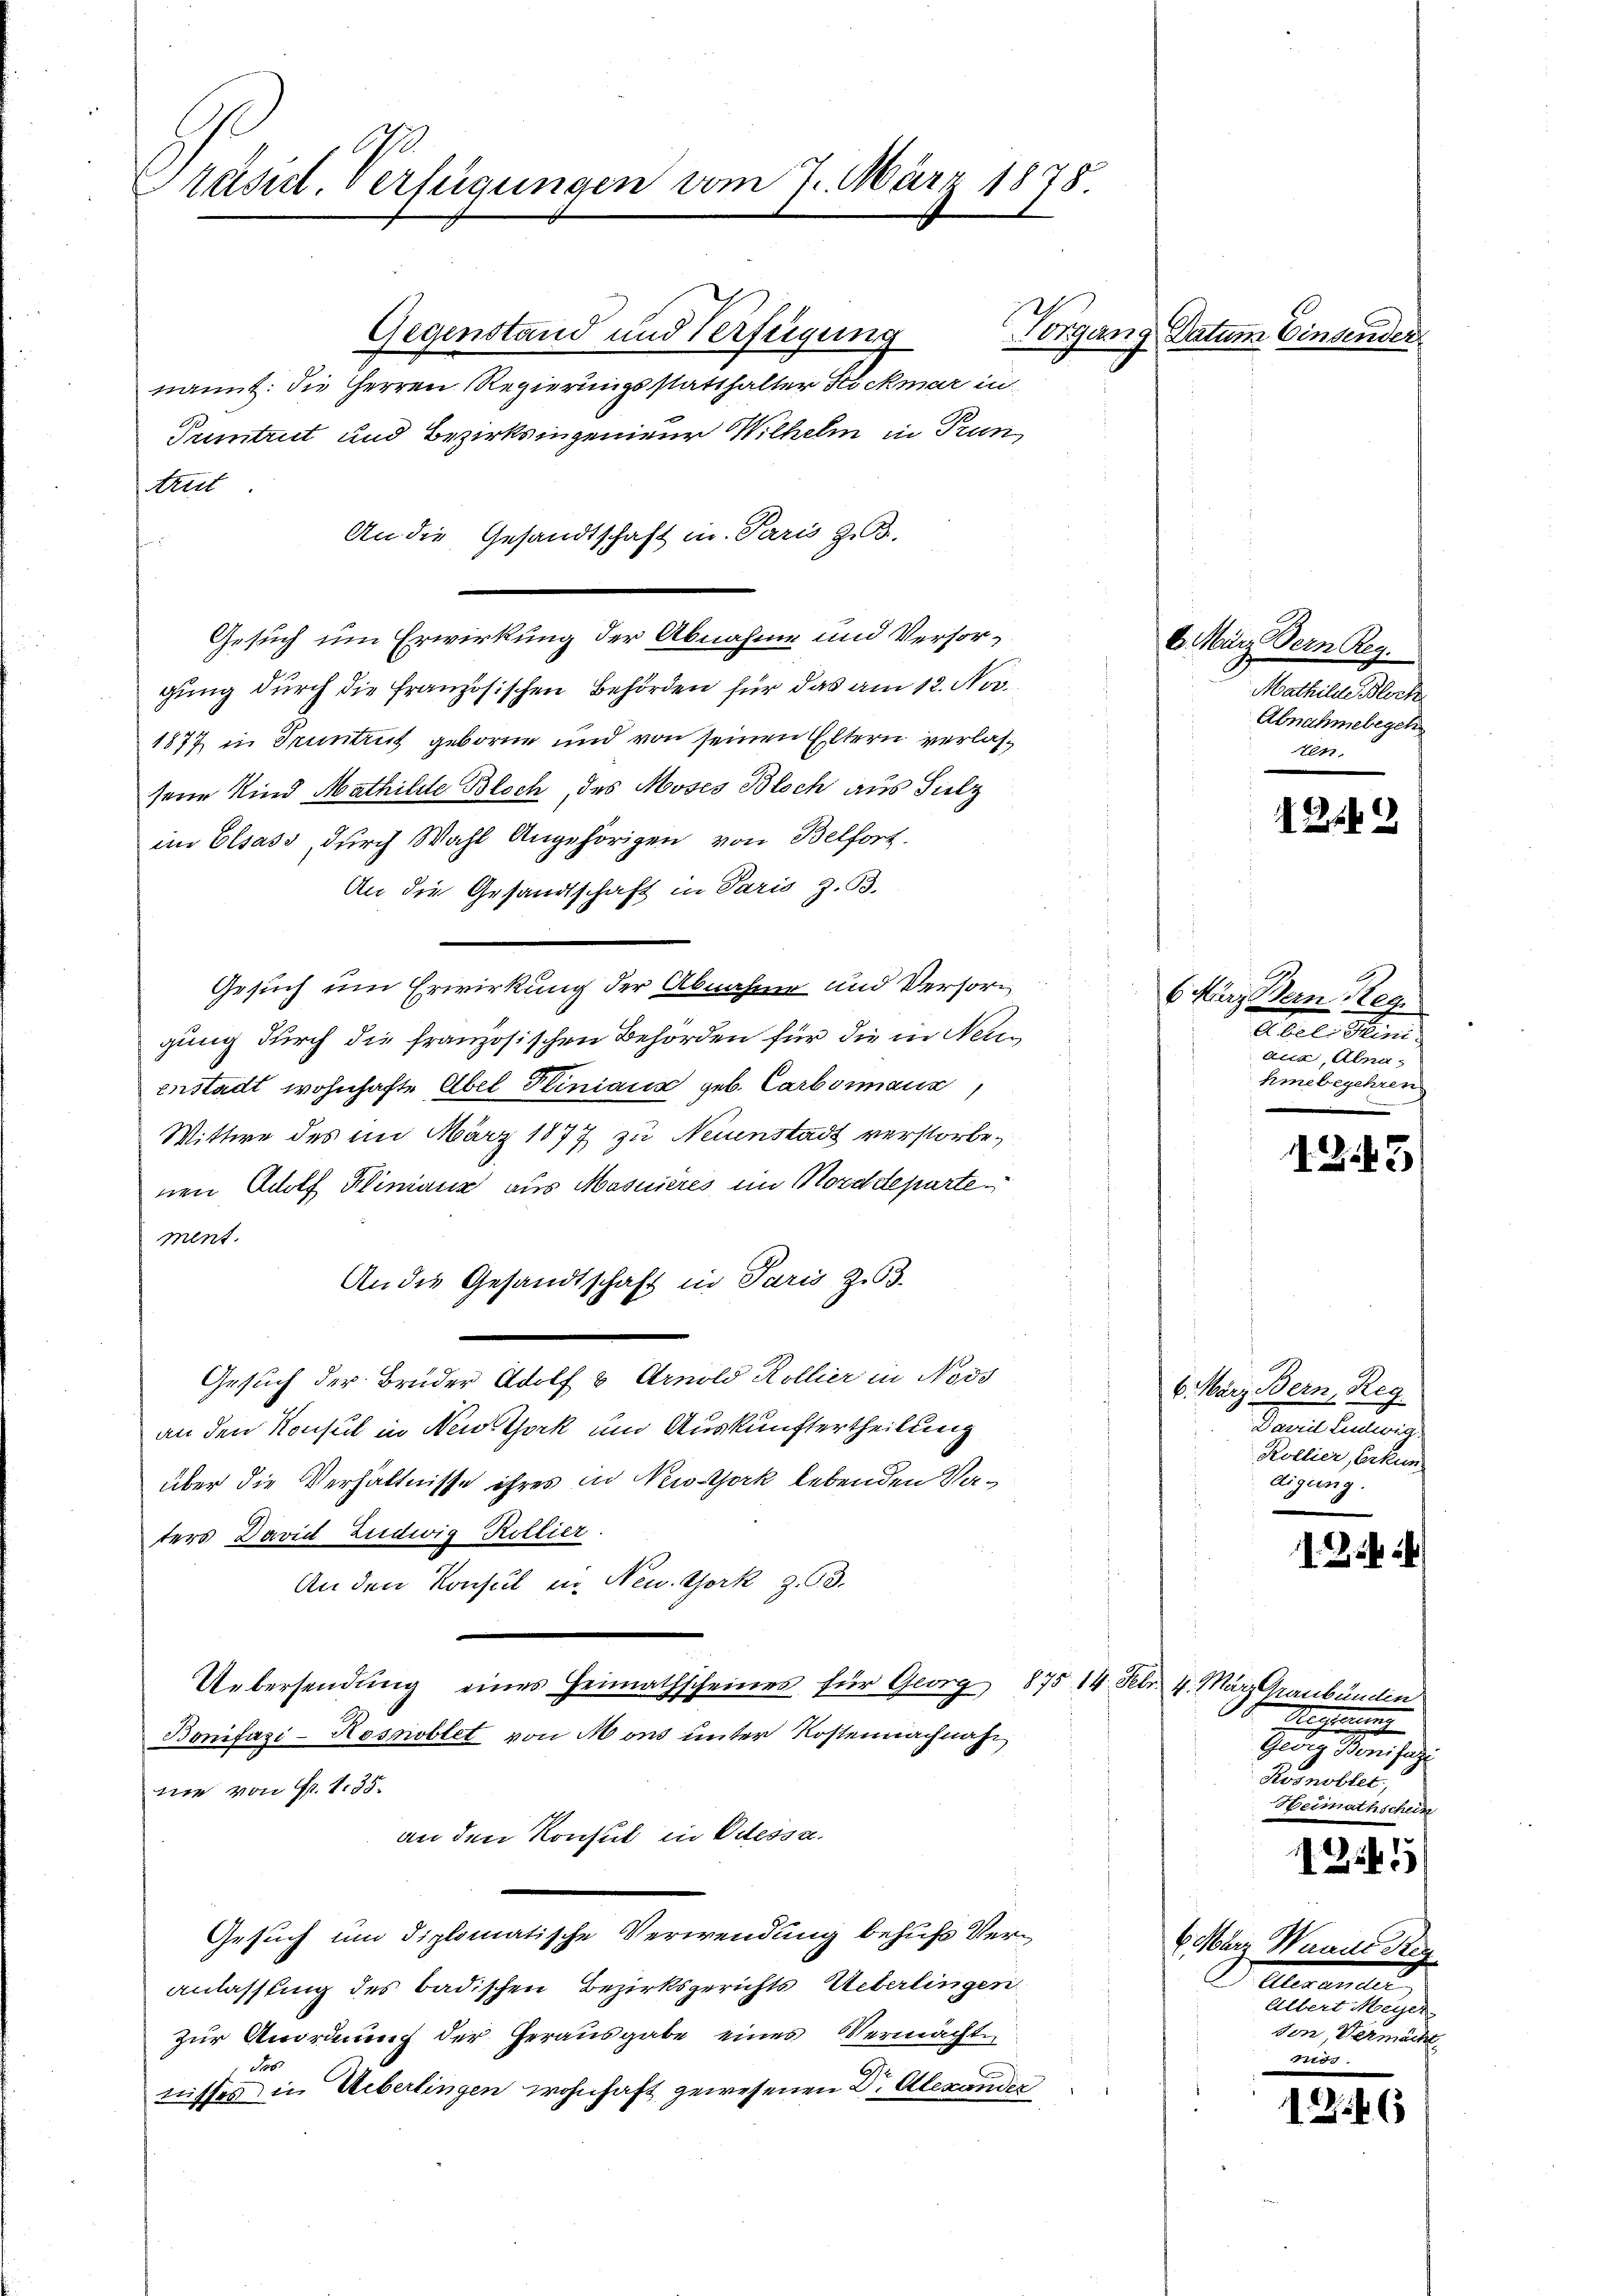
u
Präsidl, verfügungen vom 7. März 1878

Gegenstand und Verfügung
nannt: die Herren Regierungsstatthalter Kockmar in
Puntrut und Bezirksingenieur Wilhelm in Prun
trut
An die Gesandtschaft in Paris z.B.
Gesuch um Erwirkung der Abnahme und Verforgung durch die französischen Behörden für das am 12. Nov.
1877 in Truntrut geboren und von seinen Eltern verlasseine Kind Mathilde Bloch, des Moses Bloch aus Silz
im Elsass, durch Wahl Angehörigen von Belfort.
An die Gesandtschaft in Paris z. B.
Gesuch um Erwirkung der Abnahme und Versorgung durch die französischen Behörden für die in Nein
enstadt wohnhafte Abel Plinians geb. Carbormann,
Wittwe des im März 1877 zu Neuenstadt verstorbenen Adolf Klinianz aus Masuieres im Norddeparte
ment.
An die Gesandtschaft in Paris Z. 63.
Gesuch der Bruder Adolf & Arnold Kollier in Noss
an den Konsul in New York und Auskunftertheilung
über die Verhältnisse ihres in New-York lebenden Vaters David Ludwig Kollier
An den Konsul in New York z. 3.
Uebersendung eines Heimathscheines für Georg 875 14. Febr. 4. März Graubünden
Bonifazi-Kosnoblet von Mons unter Kostennachnah
mie von Fr. 135.
an den Konsul in Odessa.
Gesuch um diplomatische Verwendung behufs Veranlassung des badischen Bezirksgerichts Ueberlingen
zur Anordnung der Herausgabe eines Vermachte
des
nisses in Ueberlingen wohnhaft gewesenen Dr. Alexander

Vorgang Datum Einsender

6. März dern Reg.
Mathilde Bloct.
Abnahmebegeh
sen

12149

6 März Bern Reg
Abel Stand
aux, Abna
hmebegehren

1245

6. März Bern, Reg
Dans leitung
Kollier, Erkun
digung.

1 Messerung
Gedich dem sich
Resnobler
Heimathschein

1254. 1

6 März Wande Ren
Alvanell
ee eine eine eine
von Vermächt

1246